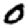
Digit: 0